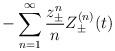
LaTeX: \begin{align*}- \sum_{n=1}^{\infty} \frac{z_{\pm}^n}{n} Z_{\pm}^{(n)}(t)\end{align*}